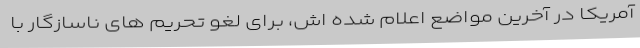
آمریکا در آخرین مواضع اعلام شده اش، برای لغو تحریم های ناسازگار با